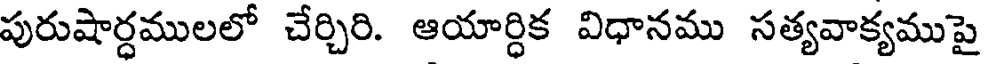
పురుషార్ధములలో చేర్చిరి. ఆయార్ధిక విధానము సత్యవాక్యముపై